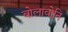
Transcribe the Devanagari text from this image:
बोलावोनि